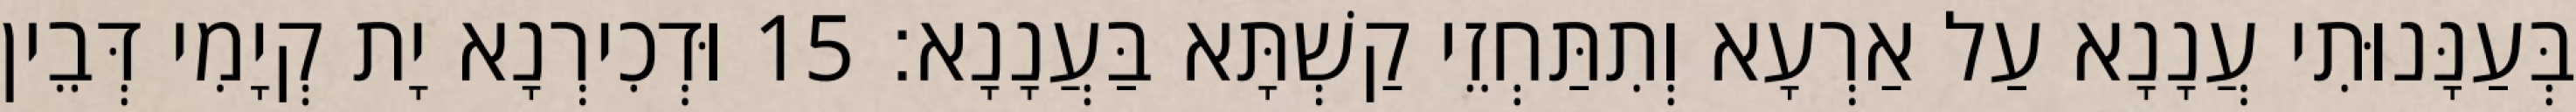
בְּעַנָּנוּתִי עֲנָנָא עַל אַרְעָא וְתִתַּחְזֵי קַשְׁתָּא בַּעֲנָנָא׃ 15 וּדְכִירְנָא יָת קְיָמִי דְּבֵין